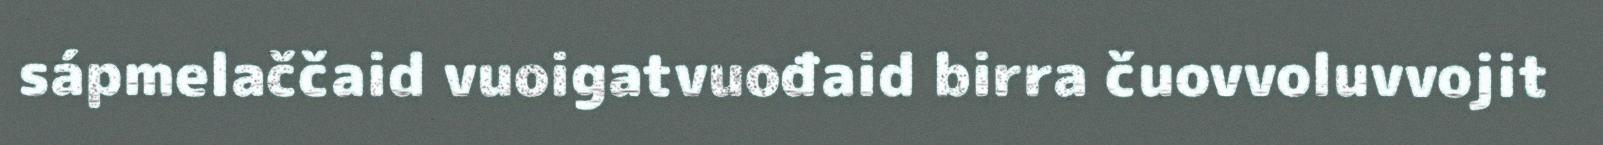
sápmelaččaid vuoigatvuođaid birra čuovvoluvvojit